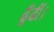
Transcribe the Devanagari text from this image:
ढूँढीं।